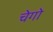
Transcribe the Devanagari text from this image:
चेगो